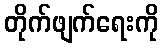
တိုက်ဖျက်ရေးကို